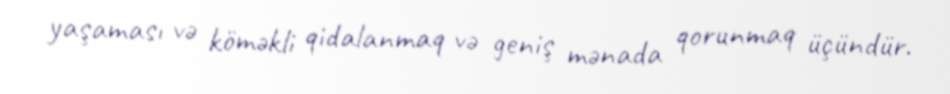
yaşaması və köməkli qidalanmaq və geniş mənada qorunmaq üçündür.